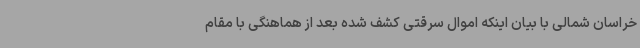
خراسان شمالی با بیان اینکه اموال سرقتی کشف شده بعد از هماهنگی با مقام